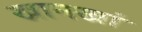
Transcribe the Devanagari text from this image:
खानखां